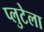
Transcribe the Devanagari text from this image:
प्लुटेला